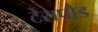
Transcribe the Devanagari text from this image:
टेरापोड